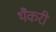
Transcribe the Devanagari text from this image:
थैकरी